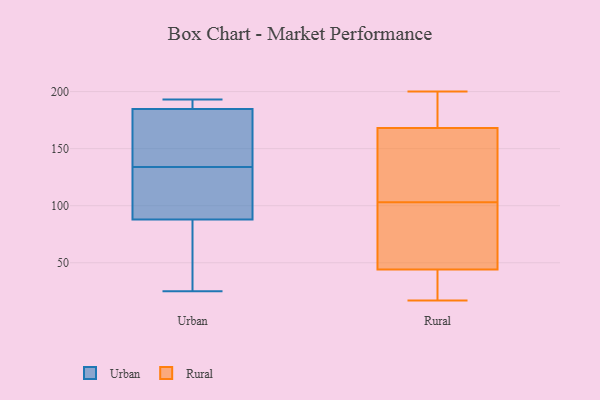
{"axis": {"x": "Revenue (USD Million)", "y": "Value"}, "legend": ["Rural", "Urban"], "data": [{"x": "", "y": 169, "type": "Urban"}, {"x": "", "y": 106, "type": "Urban"}, {"x": "", "y": 134, "type": "Urban"}, {"x": "", "y": 25, "type": "Urban"}, {"x": "", "y": 188, "type": "Urban"}, {"x": "", "y": 134, "type": "Urban"}, {"x": "", "y": 186, "type": "Urban"}, {"x": "", "y": 187, "type": "Urban"}, {"x": "", "y": 167, "type": "Urban"}, {"x": "", "y": 181, "type": "Urban"}, {"x": "", "y": 74, "type": "Urban"}, {"x": "", "y": 82, "type": "Urban"}, {"x": "", "y": 193, "type": "Urban"}, {"x": "", "y": 131, "type": "Urban"}, {"x": "", "y": 59, "type": "Urban"}, {"x": "", "y": 94, "type": "Rural"}, {"x": "", "y": 181, "type": "Rural"}, {"x": "", "y": 27, "type": "Rural"}, {"x": "", "y": 17, "type": "Rural"}, {"x": "", "y": 117, "type": "Rural"}, {"x": "", "y": 155, "type": "Rural"}, {"x": "", "y": 200, "type": "Rural"}, {"x": "", "y": 73, "type": "Rural"}, {"x": "", "y": 112, "type": "Rural"}, {"x": "", "y": 197, "type": "Rural"}, {"x": "", "y": 84, "type": "Rural"}, {"x": "", "y": 134, "type": "Rural"}, {"x": "", "y": 195, "type": "Rural"}, {"x": "", "y": 61, "type": "Rural"}, {"x": "", "y": 21, "type": "Rural"}, {"x": "", "y": 20, "type": "Rural"}]}